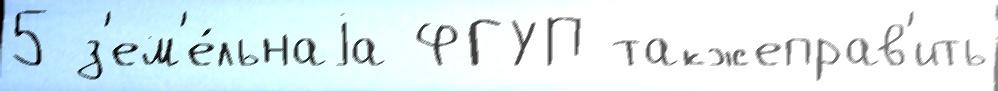
5 з'ем'е́льнаjа ФГУП такжеправ'ить